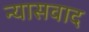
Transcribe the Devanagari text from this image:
न्यासवाद